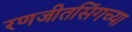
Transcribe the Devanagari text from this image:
रणजीतसिंगच्या